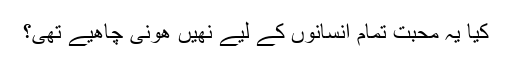
کیا یہ محبت تمام انسانوں کے لیے نھیں ھونی چاھیے تھی؟